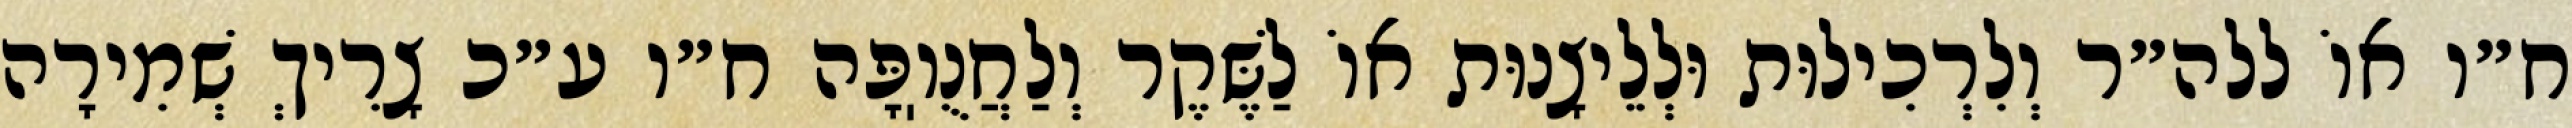
ח״ו אוֹ ללה״ר וְלִרְכִילוּת וּלְלֵיצָנוּת אוֹ לַשֶּׁקֶר וְלַחֲנֻוֽפָּה ח״ו ע״כ צָרִיךְ שְׁמִירָה